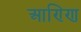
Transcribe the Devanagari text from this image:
आण्णि